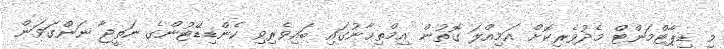
މި ޑިޕާޓްމަންޓް މެދުވެރިކޮށް އަމިއްލަ ގޮތުން އިމްތިޙާނުގައި ބައިވެރިވި ކެންޑިޑޭޓުންގެ ނަތީޖާ ނަންގަވަން